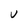
Character: U